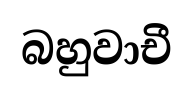
බහුවාචී